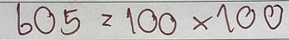
605 = 100x100